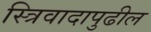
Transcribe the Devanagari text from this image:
स्त्रिवादापुढील